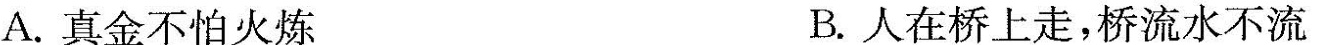
A.真金不怕火炼 B.人在桥上走，桥流水不流